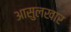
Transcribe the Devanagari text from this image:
आसुलखार